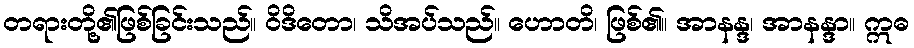
တရားတို့၏ဖြစ်ခြင်းသည်။ ဝိဒိတော၊ သိအပ်သည်။ ဟောတိ၊ ဖြစ်၏။ အာနန္ဒ၊ အာနန္ဒာ။ ဣဓ